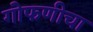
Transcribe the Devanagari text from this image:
गोफणीचा